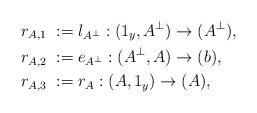
LaTeX: \begin{align*}r_{A,1} & \; := l_{A^\bot} : (1_y, A^\bot) \to (A^\bot), \\r_{A,2} & \; := e_{A^\bot} : (A^\bot, A) \to (b), \\r_{A,3} & \; := r_{A} : (A, 1_y) \to (A),\end{align*}